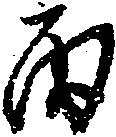
丙